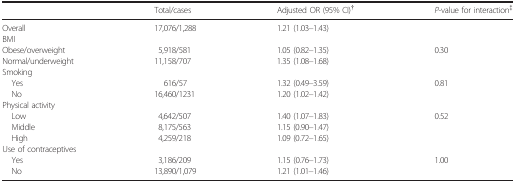
<table><thead><tr><td></td><td><b>Total/cases</b></td><td><b>Adjusted OR (95% CI)†</b></td><td><b><i>P</i>‐value for interaction‡</b></td></tr></thead><tbody><tr><td>Overall</td><td>17,076/1,288</td><td>1.21 (1.03–1.43)</td><td></td></tr><tr><td colspan="4">BMI</td></tr><tr><td>Obese/overweight</td><td>5,918/581</td><td>1.05 (0.82–1.35)</td><td rowspan="2">0.30</td></tr><tr><td>Normal/underweight</td><td>11,158/707</td><td>1.35 (1.08–1.68)</td></tr><tr><td colspan="4">Smoking</td></tr><tr><td>Yes</td><td>616/57</td><td>1.32 (0.49–3.59)</td><td rowspan="2">0.81</td></tr><tr><td>No</td><td>16,460/1231</td><td>1.20 (1.02–1.42)</td></tr><tr><td colspan="4">Physical activity</td></tr><tr><td>Low</td><td>4,642/507</td><td>1.40 (1.07–1.83)</td><td rowspan="3">0.52</td></tr><tr><td>Middle</td><td>8,175/563</td><td>1.15 (0.90–1.47)</td></tr><tr><td>High</td><td>4,259/218</td><td>1.09 (0.72–1.65)</td></tr><tr><td colspan="4">Use of contraceptives</td></tr><tr><td>Yes</td><td>3,186/209</td><td>1.15 (0.76–1.73)</td><td rowspan="2">1.00</td></tr><tr><td>No</td><td>13,890/1,079</td><td>1.21 (1.01–1.46)</td></tr></tbody></table>